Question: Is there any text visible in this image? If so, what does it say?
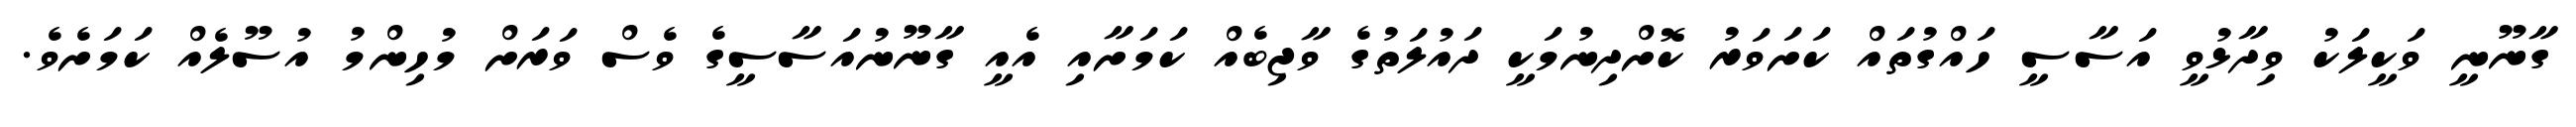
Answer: ގާނޫނީ ވަކީލަކު ވިދާޅުވީ އަސާސީ ހައްގުތައް ކަށަވަރު ކޮށްދިނުމަކީ ދައުލަތުގެ ވާޖިބެއް ކަމަށާއި އެއީ ގާނޫނުއަސާސީގެ ވެސް ވަރަށް މުހިންމު އުސޫލެއް ކަމަށެވެ.